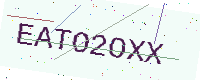
Text: EATO2OXX